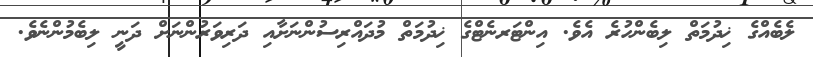
ލެބެއްގެ ޚިދުމަތް ލިބެންހުރެ އެވެ. އިންޓަރނެޓްގެ ޚިދުމަތް މުދައްރިސުންނަށާއި ދަރިވަރުންނަށް ދަނީ ލިބެމުންނެވެ.